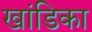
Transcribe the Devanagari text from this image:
खांडिका